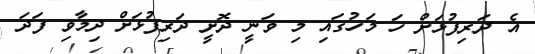
އެ ދަރިފުޅަށް ހަ މަހުގައި މި ވަނީ ދޮށީ ދަރިފުޅަށް ދިމާވި ފަދަ